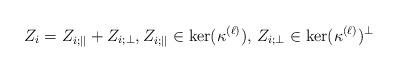
LaTeX: \begin{align*}Z_i = Z_{i;||} + Z_{i;\perp}, Z_{i;||}\in \ker(\kappa^{(\ell)}), \, Z_{i;\perp}\in \ker(\kappa^{(\ell)})^\perp\end{align*}